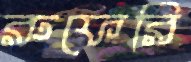
রুফেরি